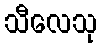
သီလေသု